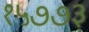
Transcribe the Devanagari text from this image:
१५७७३